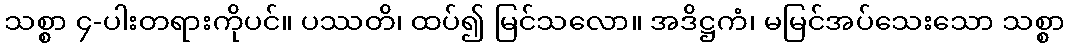
သစ္စာ ၄-ပါးတရားကိုပင်။ ပဿတိ၊ ထပ်၍ မြင်သလော။ အဒိဋ္ဌကံ၊ မမြင်အပ်သေးသော သစ္စာ